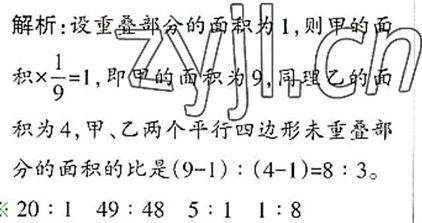
解析：设重叠部分的面积为1, 则甲的面积$\times\frac{1}{9}=1$, 即甲的面积为9. 同理乙的面积为4, 甲、乙两个平行四边形未重叠部分的面积的比是$(9 - 1):(4 - 1)=8:3$。
$20:1$ $49:48$ $5:1$ $1:8$